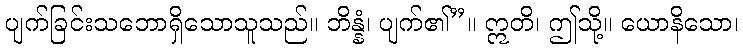
ပျက်ခြင်းသဘောရှိသောသူသည်။ ဘိန္နံ၊ ပျက်၏”။ ဣတိ၊ ဤသို့။ ယောနိသော၊